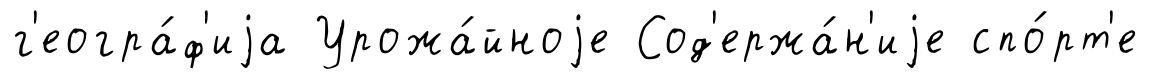
г'еогра́ф'иjа Урожа́йноjе Сод'ержа́н'иjе спо́рт'е